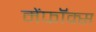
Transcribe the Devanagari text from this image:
मेंफॉक्स